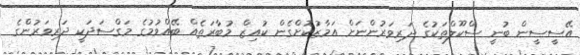
އޭސީސީން ބުނީ ސްކޫލްތަކުގެ ދަރިވަރުންނަށް އަމާޒުކޮށްގެން ކުއިޒް މުބާރަތެއް ބޭއްވުމުގެ މަގްސަދަކީ ދަރިވަރުންގެ